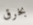
بخرق